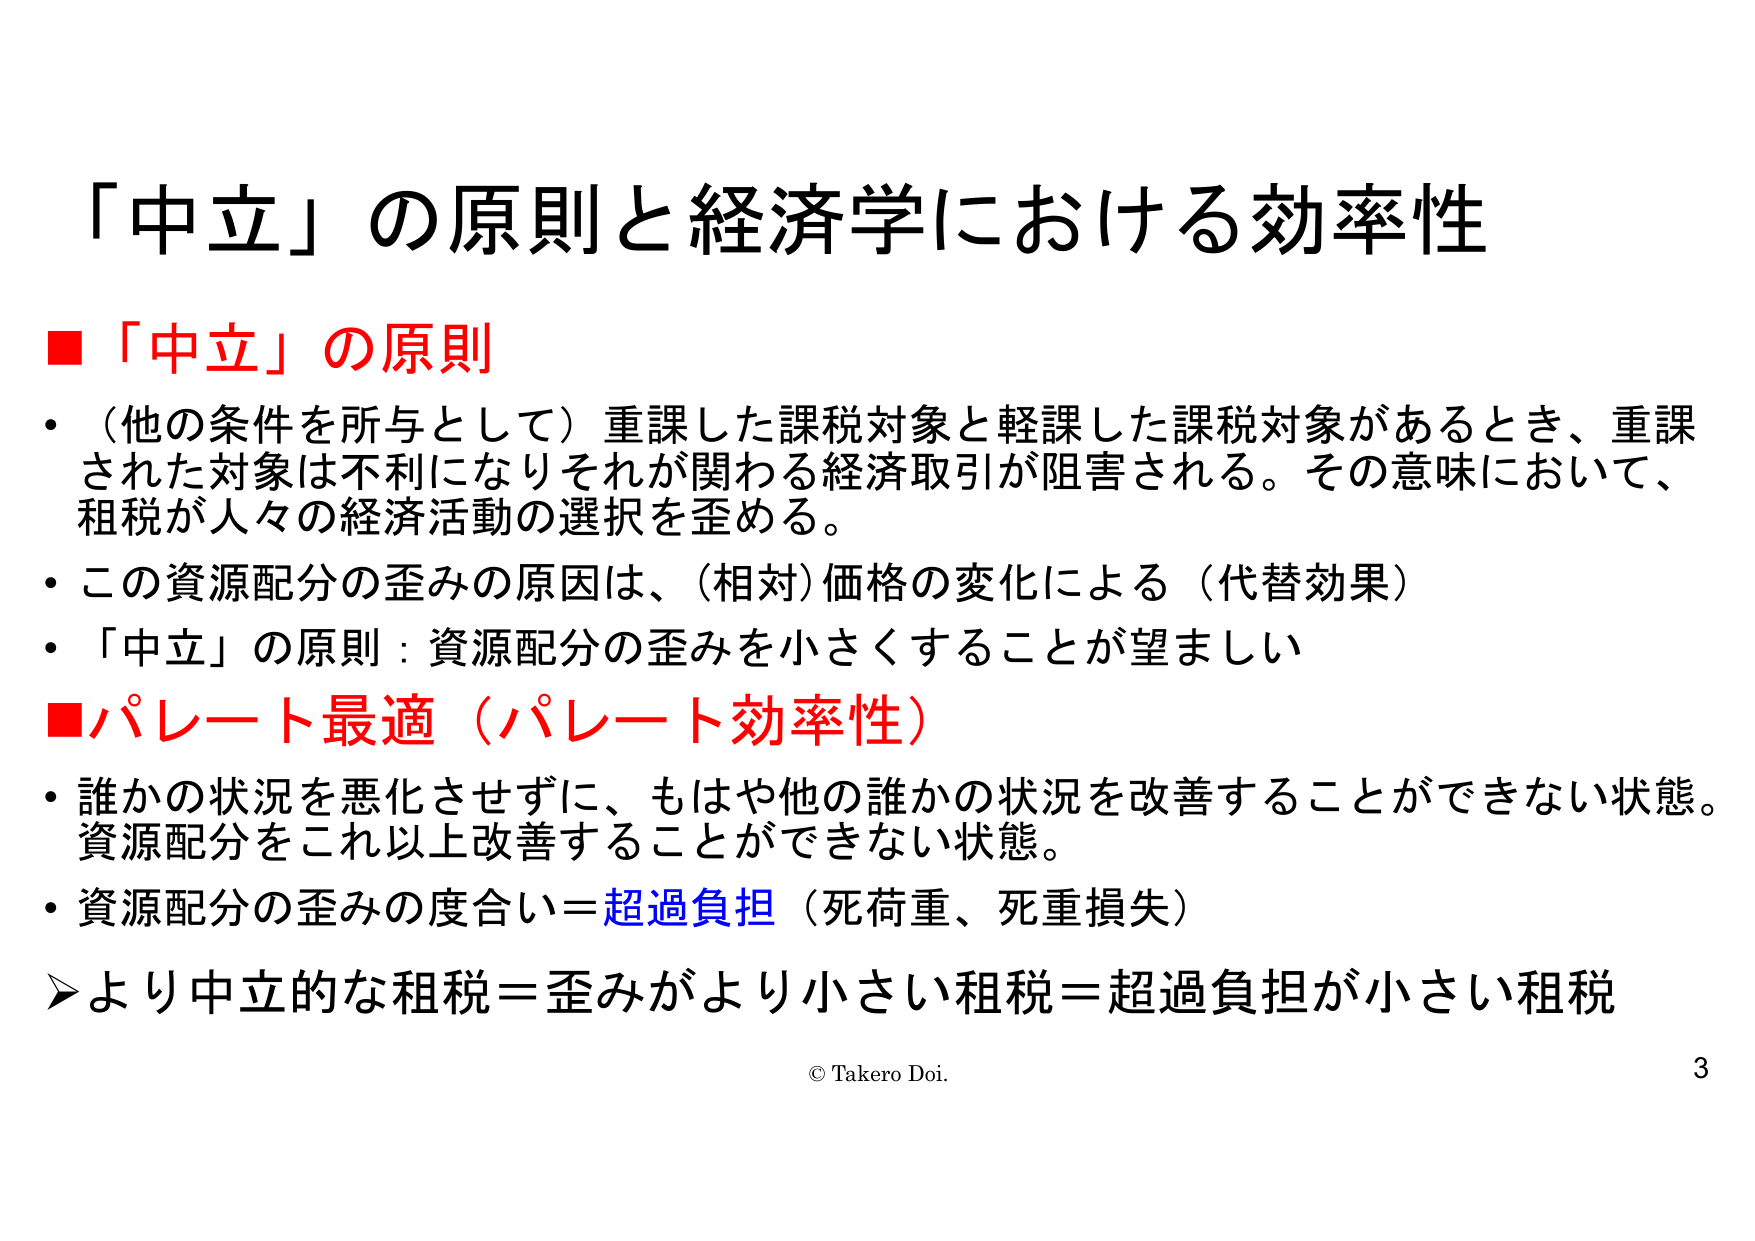
「中立」の原則と経済学における効率性

■「中立」の原則
・（他の条件を所与として）重課した課税対象と軽課した課税対象があるとき、重課された対象は不利になりそれが関わる経済取引が阻害される。その意味において、租税が人々の経済活動の選択を歪める。
・この資源配分の歪みの原因は、（相対）価格の変化による（代替効果）
・「中立」の原則：資源配分の歪みを小さくすることが望ましい

■パレート最適（パレート効率性）
・誰かの状況を悪化させずに、もはや他の誰かの状況を改善することができない状態。資源配分をこれ以上改善することができない状態。
・資源配分の歪みの度合い＝超過負担（死荷重、死重損失）

➤より中立的な租税＝歪みがより小さい租税＝超過負担が小さい租税

© Takero Doi.
3